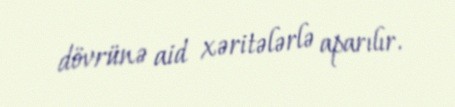
dövrünə aid xəritələrlə aparılır.